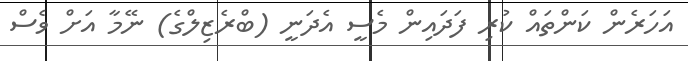
އަހަރެން ކަންތައް ކުރި ފަދައިން މެސީ އެދަނީ (ބްރެޒިލްގެ) ނޭމާ އަށް ވެސް